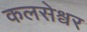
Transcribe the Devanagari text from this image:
कलसेश्वर